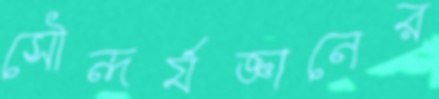
সৌন্দর্যজ্ঞানের